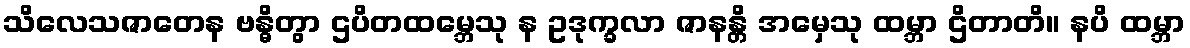
သိလေသဇာတေန ဗန္ဓိတွာ ဌပိတထမ္ဘေသု န ဥဒုက္ခလာ ဇာနန္တိ အမှေသု ထမ္ဘာ ဌိတာတိ။ နပိ ထမ္ဘာ